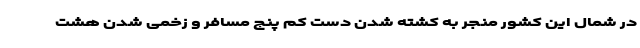
در شمال این کشور منجر به کشته شدن دست کم پنج مسافر و زخمی شدن هشت